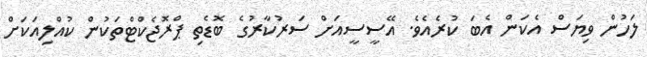
ލަހުން ވިޔަސް އެކަން އެބަ ކުރެއެވެ. އޭސީސީއަށް ސަރުކާރުގެ ބޮޑެތި ޕްރޮޖެކްޓްތަކުން ކުއްލިއަކަށް